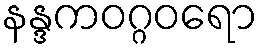
နန္ဒကဝဂ္ဂဝရော